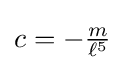
c=-{\tfrac {m}{\ell ^{5}}}